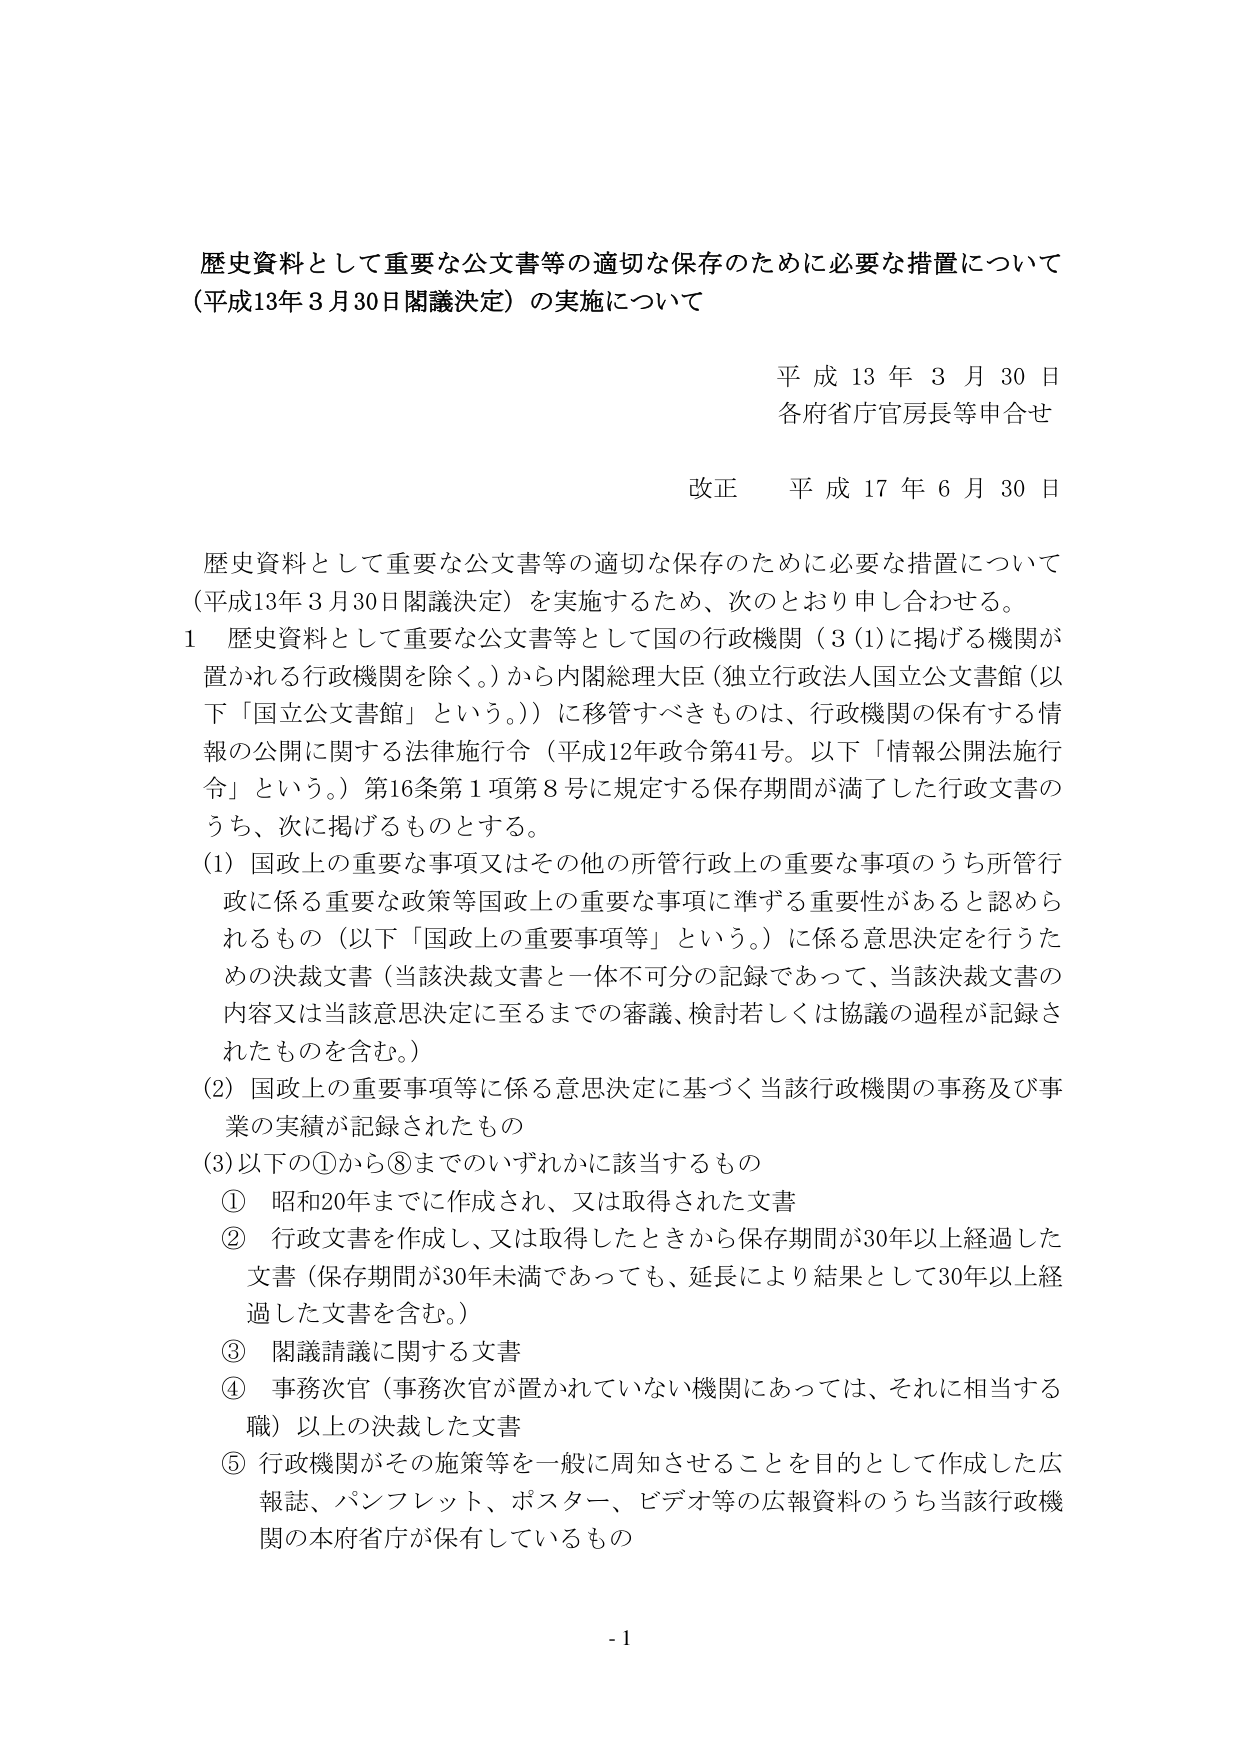
歴史資料として重要な公文書等の適切な保存のために必要な措置について
（平成13年3月30日閣議決定）の実施について

平成13年3月30日
各府省庁官房長等申合せ

改正 平成17年6月30日

歴史資料として重要な公文書等の適切な保存のために必要な措置について
（平成13年3月30日閣議決定）を実施するため、次のとおり申し合わせる。

1 歴史資料として重要な公文書等として国の行政機関（3(1)に掲げる機関が置かれる行政機関を除く。）から内閣総理大臣（独立行政法人国立公文書館（以下「国立公文書館」という。））に移管すべきものは、行政機関の保有する情報の公開に関する法律施行令（平成12年政令第41号。以下「情報公開法施行令」という。）第16条第1項第8号に規定する保存期間が満了した行政文書のうち、次に掲げるものとする。

(1) 国政上の重要な事項又はその他の所管行政上の重要な事項のうち所管行政に係る重要な政策等国政上の重要な事項に準ずる重要性があると認められるもの（以下「国政上の重要事項等」という。）に係る意思決定を行うための決裁文書（当該決裁文書と一体不可分の記録であって、当該決裁文書の内容又は当該意思決定に至るまでの審議、検討若しくは協議の過程が記録されたものを含む。）

(2) 国政上の重要事項等に係る意思決定に基づく当該行政機関の事務及び事業の実績が記録されたもの

(3) 以下の①から⑧までのいずれかに該当するもの
① 昭和20年までに作成され、又は取得された文書
② 行政文書を作成し、又は取得したときから保存期間が30年以上経過した文書（保存期間が30年未満であっても、延長により結果として30年以上経過した文書を含む。）
③ 閣議請議に関する文書
④ 事務次官（事務次官が置かれていない機関にあっては、それに相当する職）以上の決裁した文書
⑤ 行政機関がその施策等を一般に周知させることを目的として作成した広報誌、パンフレット、ポスター、ビデオ等の広報資料のうち当該行政機関の本府省庁が保有しているもの

- 1 -